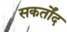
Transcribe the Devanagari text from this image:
सकर्तोंद